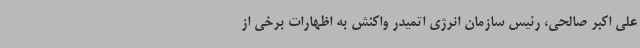
علی اکبر صالحی، رئیس سازمان انرژی اتمیدر واکنش به اظهارات برخی از